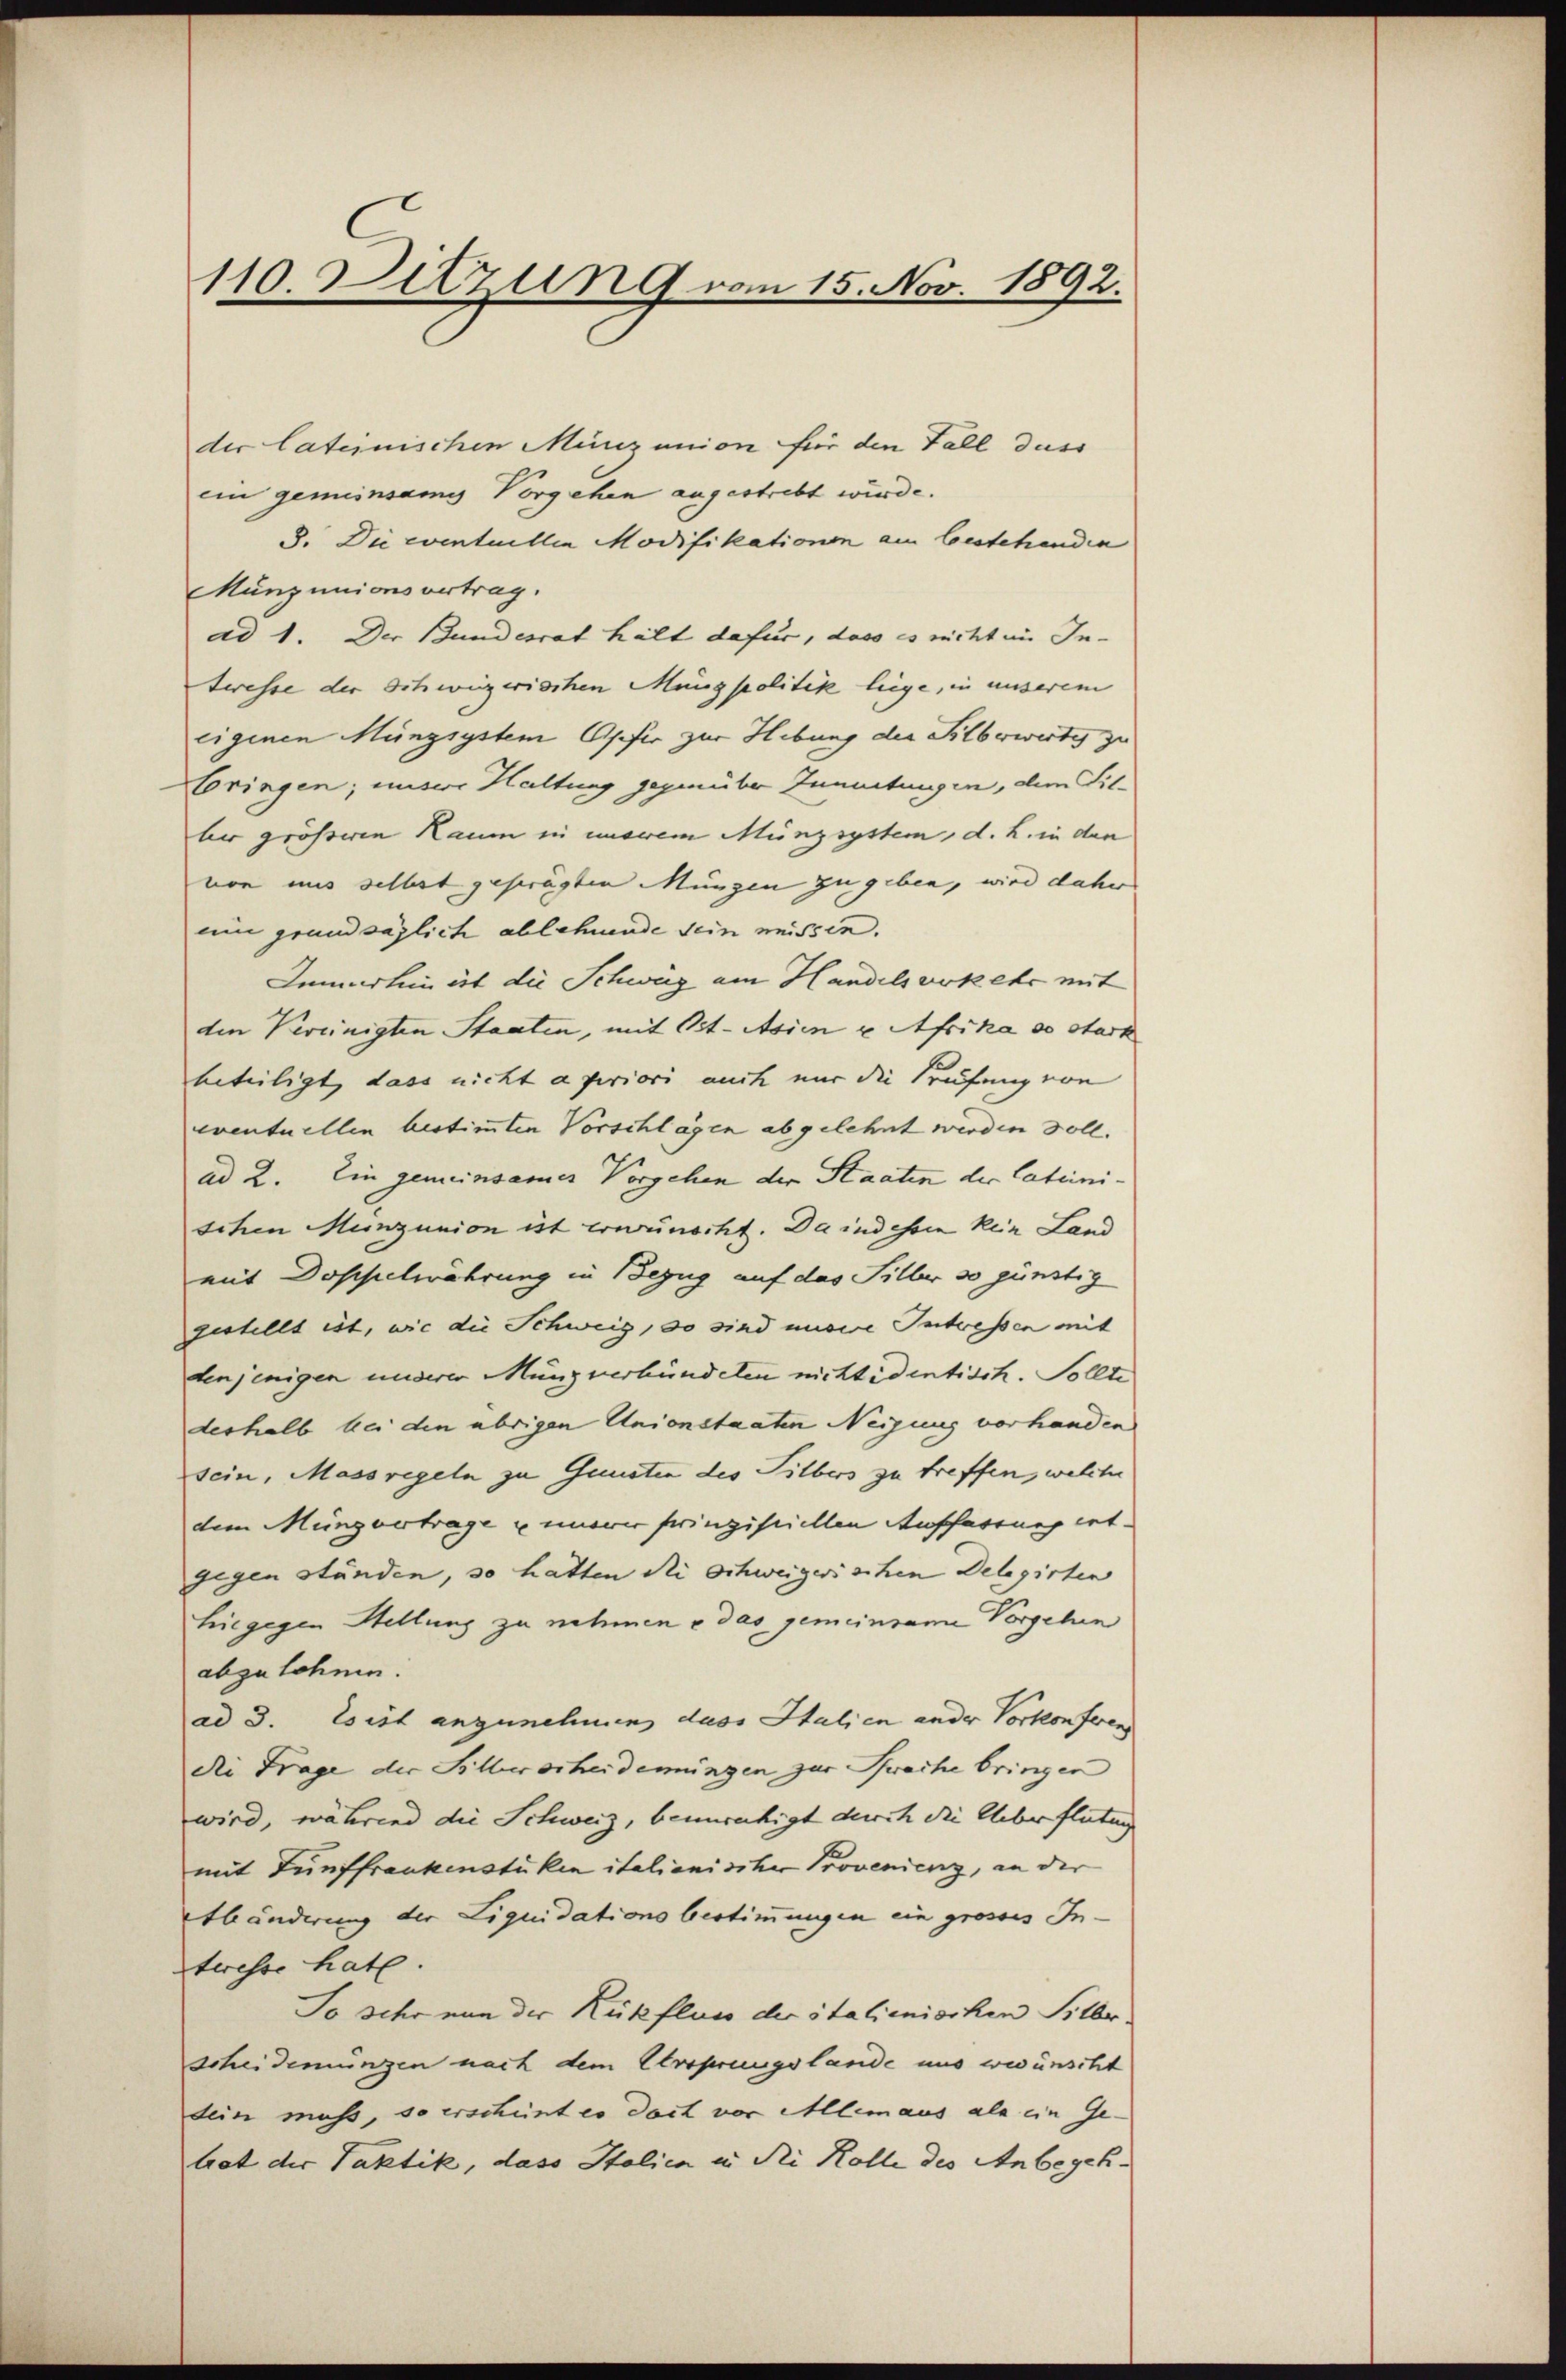
110. Sitzung von 15. Nov. 1892.

der lateinischen Münzunion für den Fall dass
ein gemeinsames Vorgehen augestrebt wurde.
3. Die eventuellen Modifikationen am bestehenden
Münzunionsvertrag.
ad 1. Der Bundesrat hält dafür, dass es nicht im In-
teresse der Schweizerischen Münzpolitik liege, in unserem
eigenen Münzsystem Opfer zur Hebung der Silberwerty zu
ringen; unsere Haltung gegenüber Zumutungen, dem Filber größeren Raum in unsrem Münzsystem, d. L. in den
von uns selbst gesträgten Müngen zu geben, wird daher
ein grandsäglich ablehnende sein missin.
Immerhin ist die Schweiz am Handelsvokehr mit
den Vereinigten Staaten, mit Ost-Asien u Afrika so stark
beteiligt, dass nicht a periori auch nur die Prüfung von
eventuellen bestimmten Vorschlägen abgelehnt werden soll.
ad 2. Ein gemeinsames Vorgehen der Staaten der lateinischen Menzunion ist erwünscht. Da indessin kein Land
mit Doscheelwährung in Bezug auf das Silber so günstig
gestellt ist, wie die Schweiz, so sind unsere Intressen mit
denjenigen unserer Münz verbundeten nichtidentisch. Sollte
deshalb bei den übrigen Unionstaaten Neigung vorhanden
sein, Massregeln zu Gunsten des Silbers zu treffen, welche
dem Müngvertrage einerer prinzistiellen Auffartung entgegen ständen, so hatten die Schweizerischen Delegirten
hiegegen Stellung zu nehmen u das gemeinsame Vorgehen
abzulehnen.
ad 3. Es ist anzunehmen, dass Italien ander Vorkonferen
die Frage der Silberscheidemungen zur Sache bringen
wird, während die Schweiz, beunruhigt durch die Ueberflutung
mit Tunffrankenstüken italienischer Provenienz, an der
Abänderung der Liquidations bestimmungen ein grosses Interesse hat.
So sehr von der Rückfluss der italienischen Silber,
scheidemungen nach dem Versprungslande uns wünscht
dein muss, so erscheint es doch vor Allem aus als ein Ge-
blat der Paktik, dass Italien in die Kolle des Anbegeh